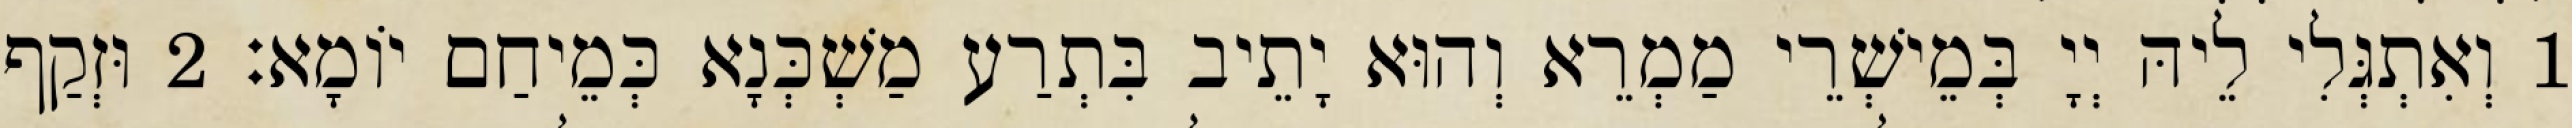
1 וְאִתְגְּלִי לֵיהּ יְיָ בְּמֵישְׁרֵי מַמְרֵא וְהוּא יָתֵיב בִּתְרַע מַשְׁכְּנָא כְּמֵיחַם יוֹמָא׃ 2 וּזְקַף